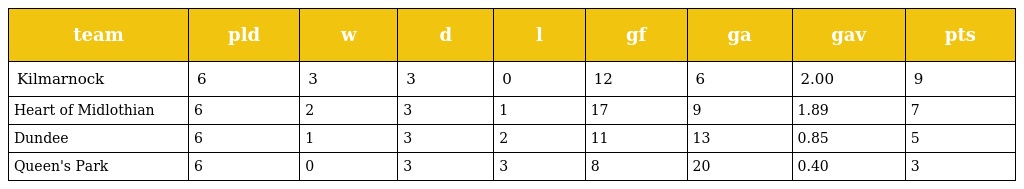
| team | pld | w | d | l | gf | ga | gav | pts |
 | --- | --- | --- | --- | --- | --- | --- | --- | --- |
 | Kilmarnock | 6 | 3 | 3 | 0 | 12 | 6 | 2.00 | 9 |
 | Heart of Midlothian | 6 | 2 | 3 | 1 | 17 | 9 | 1.89 | 7 |
 | Dundee | 6 | 1 | 3 | 2 | 11 | 13 | 0.85 | 5 |
 | Queen's Park | 6 | 0 | 3 | 3 | 8 | 20 | 0.40 | 3 |